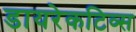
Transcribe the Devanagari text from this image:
डायरेकटिव्स